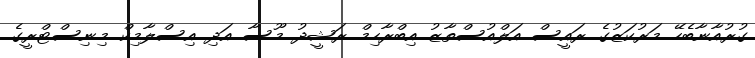
ގުރުއާނާބެހޭ މަރުކަޒުގެ ރައީސް އަލްއުސްތާޒު އިބްރާހިމް ރަޝީދު މޫސާ އަދި އިސްލާމިކް މިނިސްޓްރީގެ